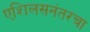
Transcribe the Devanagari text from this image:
एशिलसनंतरचा